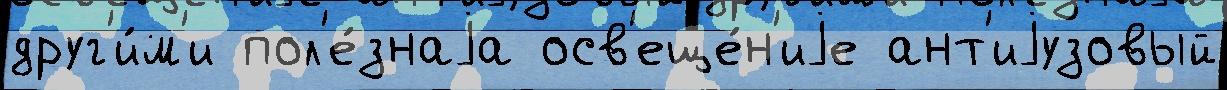
друг'и́м'и пол'е́знаjа осв'еще́н'иjе ант'иjузовый